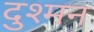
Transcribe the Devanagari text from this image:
दुश्‍मन